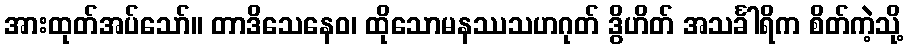
အားထုတ်အပ်သော်။ တာဒိသေနေဝ၊ ထိုသောမနဿသဟဂုတ် ဒွိဟိတ် အသင်္ခါရိက စိတ်ကဲ့သို့